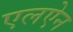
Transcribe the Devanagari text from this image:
एलऐन